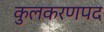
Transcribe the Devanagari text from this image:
कुलकरणपद